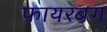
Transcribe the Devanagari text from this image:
फायरबग